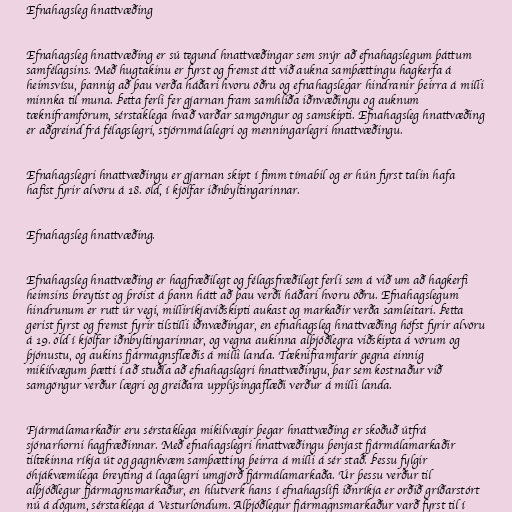
Efnahagsleg hnattvæðing

Efnahagsleg hnattvæðing er sú tegund hnattvæðingar sem snýr að efnahagslegum þáttum
samfélagsins. Með hugtakinu er fyrst og fremst átt við aukna samþættingu hagkerfa á
heimsvísu, þannig að þau verða háðari hvoru öðru og efnahagslegar hindranir þeirra á milli
minnka til muna. Þetta ferli fer gjarnan fram samhliða iðnvæðingu og auknum
tækniframförum, sérstaklega hvað varðar samgöngur og samskipti. Efnahagsleg hnattvæðing
er aðgreind frá félagslegri, stjórnmálalegri og menningarlegri hnattvæðingu.

Efnahagslegri hnattvæðingu er gjarnan skipt í fimm tímabil og er hún fyrst talin hafa
hafist fyrir alvöru á 18. öld, í kjölfar iðnbyltingarinnar.

Efnahagsleg hnattvæðing.

Efnahagsleg hnattvæðing er hagfræðilegt og félagsfræðilegt ferli sem á við um að hagkerfi
heimsins breytist og þróist á þann hátt að þau verði háðari hvoru öðru. Efnahagslegum
hindrunum er rutt úr vegi, milliríkjaviðskipti aukast og markaðir verða samleitari. Þetta
gerist fyrst og fremst fyrir tilstilli iðnvæðingar, en efnahagsleg hnattvæðing hófst fyrir alvöru
á 19. öld í kjölfar iðnbyltingarinnar, og vegna aukinna alþjóðlegra viðskipta á vörum og
þjónustu, og aukins fjármagnsflæðis á milli landa. Tækniframfarir gegna einnig
mikilvægum þætti í að stuðla að efnahagslegri hnattvæðingu, þar sem kostnaður við
samgöngur verður lægri og greiðara upplýsingaflæði verður á milli landa.

Fjármálamarkaðir eru sérstaklega mikilvægir þegar hnattvæðing er skoðuð útfrá
sjónarhorni hagfræðinnar. Með efnahagslegri hnattvæðingu þenjast fjármálamarkaðir
tiltekinna ríkja út og gagnkvæm samþætting þeirra á milli á sér stað. Þessu fylgir
óhjákvæmilega breyting á lagalegri umgjörð fjármálamarkaða. Úr þessu verður til
alþjóðlegur fjármagnsmarkaður, en hlutverk hans í efnahagslífi iðnríkja er orðið gríðarstórt
nú á dögum, sérstaklega á Vesturlöndum. Alþjóðlegur fjármagnsmarkaður varð fyrst til í